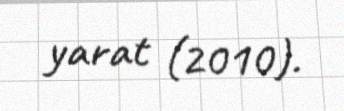
yarat (2010).